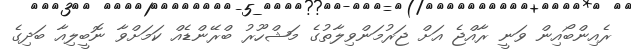
ރެއިންބޯއިން ވަނީ ރާއްޖެ އަށް ޖަރުމަންވިލާތުގެ މަޝްހޫރު ބްރޭންޑެއް ކަމަށްވާ ނޮބީލިއާ ބަދިގެ